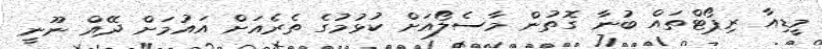
މީޑިއާ ރިޕޯޓްތައް ބުނާ ގޮތުން މާސެލޯއަށް ކުޅުމުގެ ތެރެއަށް އައުމަށް ދޭއް ނޫނީ